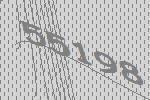
55198